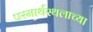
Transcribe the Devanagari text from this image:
परमार्थस्थलाच्या